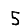
Digit: 5